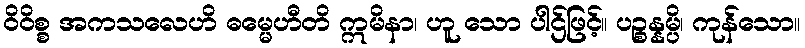
ဝိဝိစ္စ အကသလေဟိ ဓမ္မေဟီတိ ဣမိနာ၊ ဟူ သော ပါဌ်ဖြင့်။ ပဉ္စန္နမ္ပိ၊ ကုန်သော။